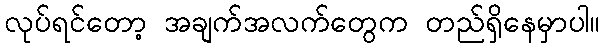
လုပ်ရင်တော့ အချက်အလက်တွေက တည်ရှိနေမှာပါ။